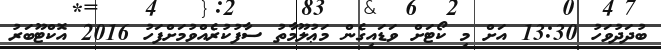
ބުދަދުވަހު 13:30 އަށް މި ކޯޓަށް ވަޑައިގެން މަޢުލޫމާތު ސާފުކުރެއްވުމަށްފަހު 2016 އޮކްޓޫބަރު